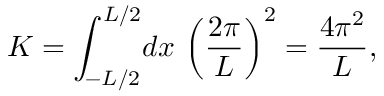
K = \int _ { - L / 2 } ^ { L / 2 } \! d x \, \left( \frac { 2 \pi } { L } \right) ^ { 2 } = \frac { 4 \pi ^ { 2 } } L ,